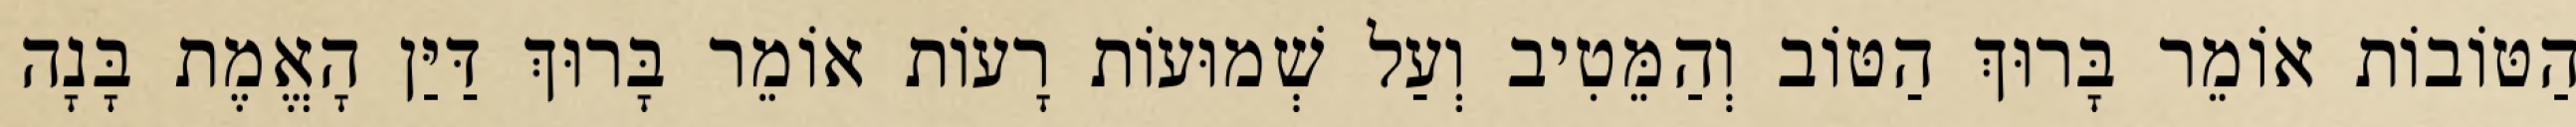
הַטּוֹבוֹת אוֹמֵר בָּרוּךְ הַטּוֹב וְהַמֵּטִיב וְעַל שְׁמוּעוֹת רָעוֹת אוֹמֵר בָּרוּךְ דַּיַּן הָאֱמֶת בָּנָה